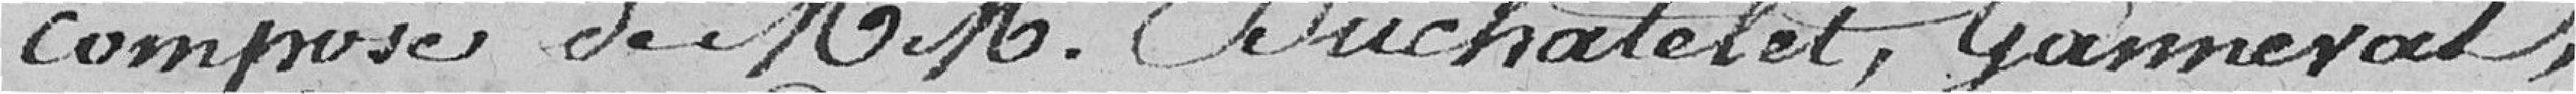
composé de MM. Duchatelet, Gammenal